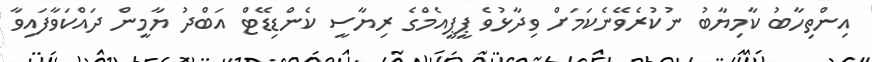
އިންތިހާބު ކާމިޔާބު ނުކުރެވޭނެކަމަށް ވިދާޅުވެ ޕީޕީއެމްގެ ރިޔާސީ ކެންޑިޑޭޓް އަބްދު ޔާމީން ދައްކަވާފައިވާ